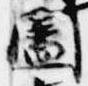
闔